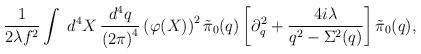
LaTeX: \begin{align*}\frac{1}{2\lambda f^2}\int\;d^4X\,\frac{d^4q}{\left(2\pi\right)^4} \left(\varphi(X)\right)^2\tilde\pi_0(q)\left[\partial_q^2+ \frac{4i\lambda}{q^2-\Sigma^2(q)}\right]\tilde\pi_0(q),\end{align*}